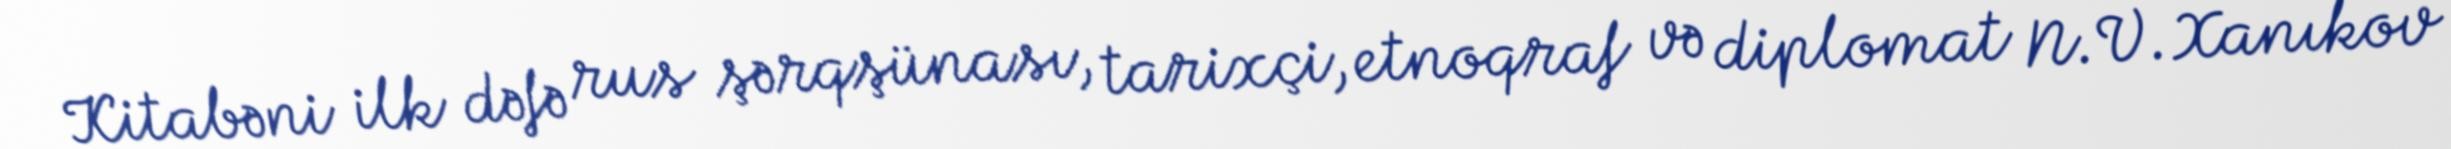
Kitabəni ilk dəfə rus şərqşünası, tarixçi, etnoqraf və diplomat N.V.Xanıkov